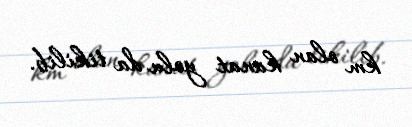
km olan kanat yolu da tikilib.